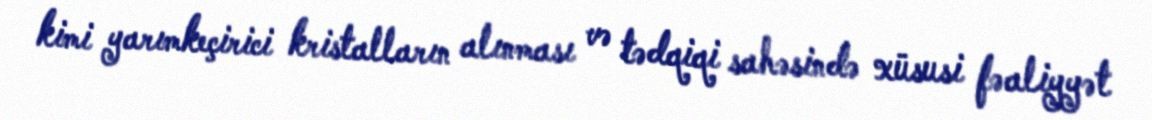
kimi yarımkeçirici kristalların alınması və tədqiqi sahəsində xüsusi fəaliyyət